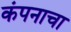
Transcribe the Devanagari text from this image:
कंपनाचा